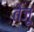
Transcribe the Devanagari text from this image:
तेज़ू